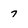
Character: 7